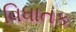
વિધાતક